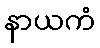
နာယကံ